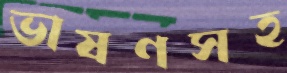
ভাষণসহ